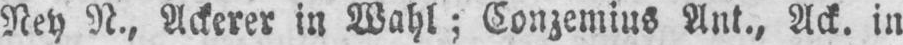
Ney N., Ackerer in Wahl; Conzemius Ant., Ack. in